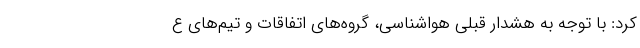
کرد: با توجه به هشدار قبلی هواشناسی، گروه‌های اتفاقات و تیم‌های ع